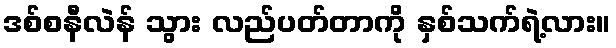
ဒစ်စနီလဲန် သွား လည်ပတ်တာကို နှစ်သက်ရဲ့လား။